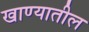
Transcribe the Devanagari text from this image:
खाण्यातील